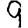
Digit: 9